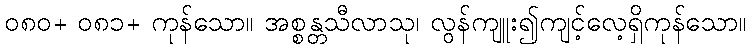
၀၈၀+ ၀၈၁+ ကုန်သော။ အစ္စန္တသီလာသု၊ လွန်ကျူး၍ကျင့်လေ့ရှိကုန်သော။